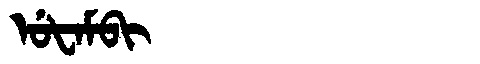
Manchu: ᡠᡶᠠᠮᠪᡳ
Romanization: UFAMBI